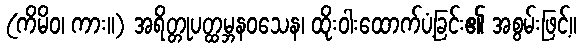
(ကိမိဝ၊ ကား။) အရိတ္တုပတ္ထမ္ဘနဝသေန၊ ထိုးဝါးထောက်ပံ့ခြင်း၏ အစွမ်းဖြင့်။